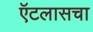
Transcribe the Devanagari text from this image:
ऍटलासचा